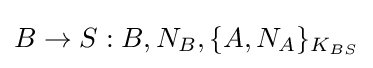
B\rightarrow S:B,N_{B},\{A,N_{A}\}_{K_{BS}}